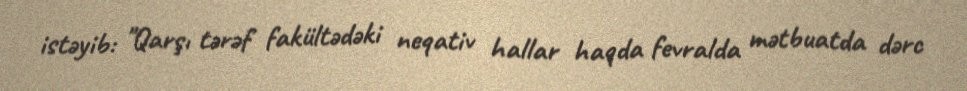
istəyib: "Qarşı tərəf fakültədəki neqativ hallar haqda fevralda mətbuatda dərc